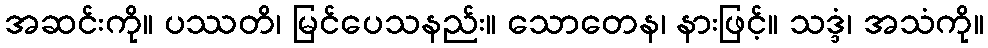
အဆင်းကို။ ပဿတိ၊ မြင်ပေသနည်း။ သောတေန၊ နားဖြင့်။ သဒ္ဒံ၊ အသံကို။